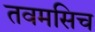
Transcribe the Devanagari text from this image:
तवमसिच